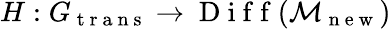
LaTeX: H:G_{\mathrm{~t~r~a~n~s~}}\to\mathrm{~D~i~f~f~}(\mathcal{M}_{\mathrm{~n~e~w~}})